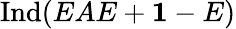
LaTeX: \mathrm{Ind}(EAE+{\mathbf 1}-E)